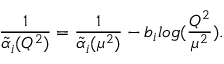
\frac { 1 } { \tilde { \alpha } _ { i } ( Q ^ { 2 } ) } = \frac { 1 } { \tilde { \alpha } _ { i } ( \mu ^ { 2 } ) } - b _ { i } l o g ( \frac { Q ^ { 2 } } { \mu ^ { 2 } } ) .